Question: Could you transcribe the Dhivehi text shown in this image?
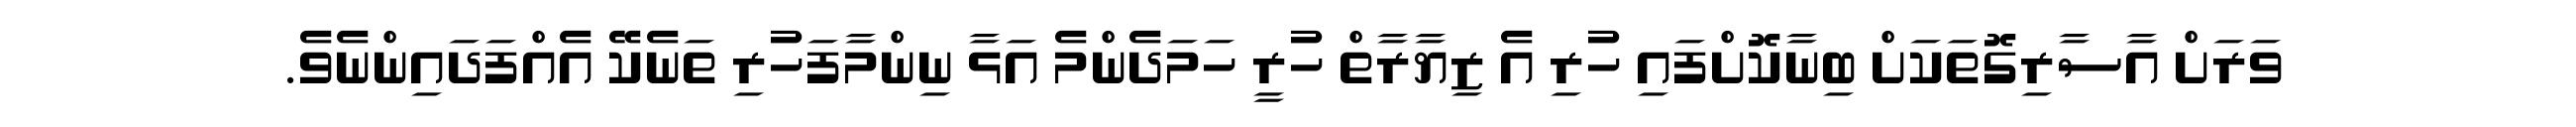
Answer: ވަރަށް އާސާރިގޮތަކަށް ބިނާކޮށްފައި ހުރި އެ ޒިޔާރާތް ހުރީ ހަމަދެންމެ އަޅާ ނިންމާފަހުރި ތަނެކޭ އެއްފަދައިންނެވެ.